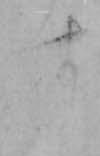
す